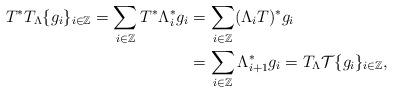
LaTeX: \begin{align*}T^*T_\Lambda\{g_i\}_{i\in\mathbb{Z}}=\sum_{i\in\mathbb{Z}}T^*\Lambda_i^*g_i&=\sum_{i\in\mathbb{Z}}(\Lambda_i T)^*g_i\\&=\sum_{i\in\mathbb{Z}}\Lambda_{i+1}^*g_i=T_\Lambda\mathcal{T}\{g_i\}_{i\in\mathbb{Z}},\end{align*}